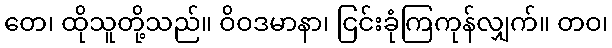
တေ၊ ထိုသူတို့သည်။ ဝိဝဒမာနာ၊ ငြင်းခုံကြကုန်လျှက်။ တဝ၊